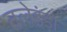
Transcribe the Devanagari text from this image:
तलेडंडा